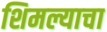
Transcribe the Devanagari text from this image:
शिमल्याचा